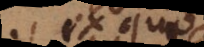
ex quo